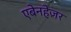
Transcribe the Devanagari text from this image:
एबेनहेज़र